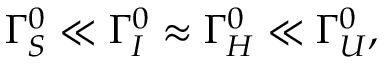
\Gamma _ { S } ^ { 0 } \ll \Gamma _ { I } ^ { 0 } \approx \Gamma _ { H } ^ { 0 } \ll \Gamma _ { U } ^ { 0 } ,